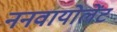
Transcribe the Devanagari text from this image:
ननवायोलेंट